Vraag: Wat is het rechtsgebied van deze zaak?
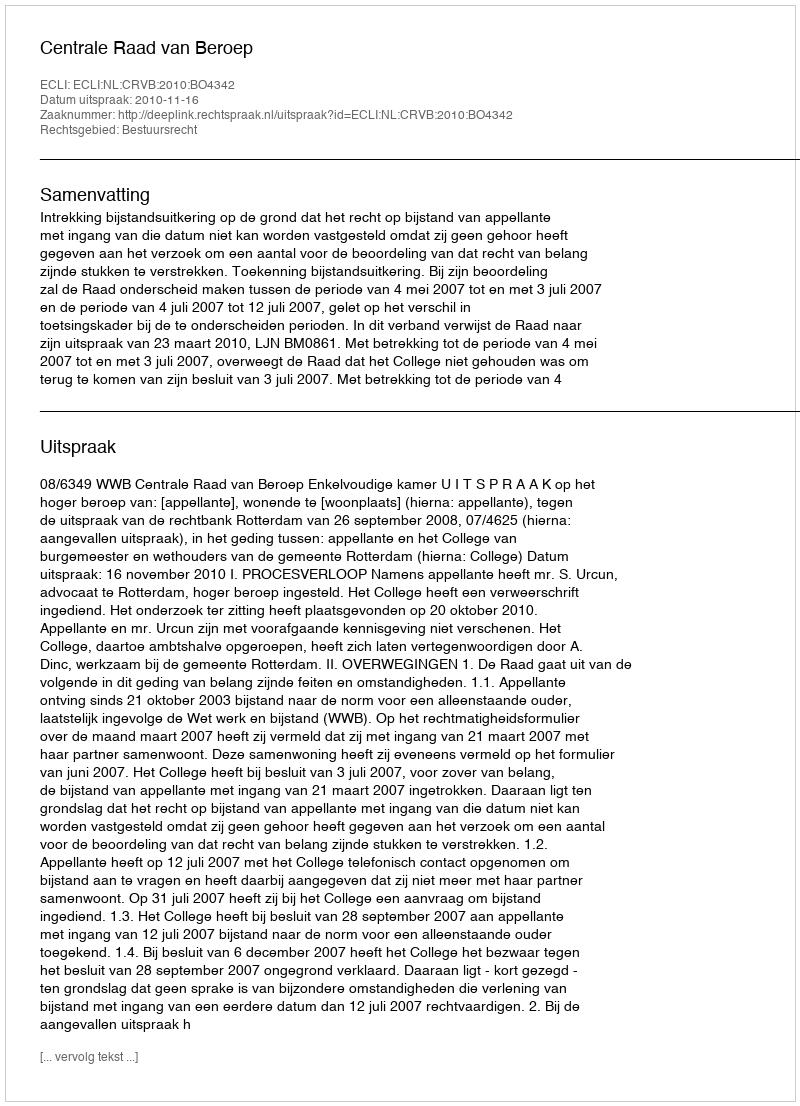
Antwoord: Bestuursrecht